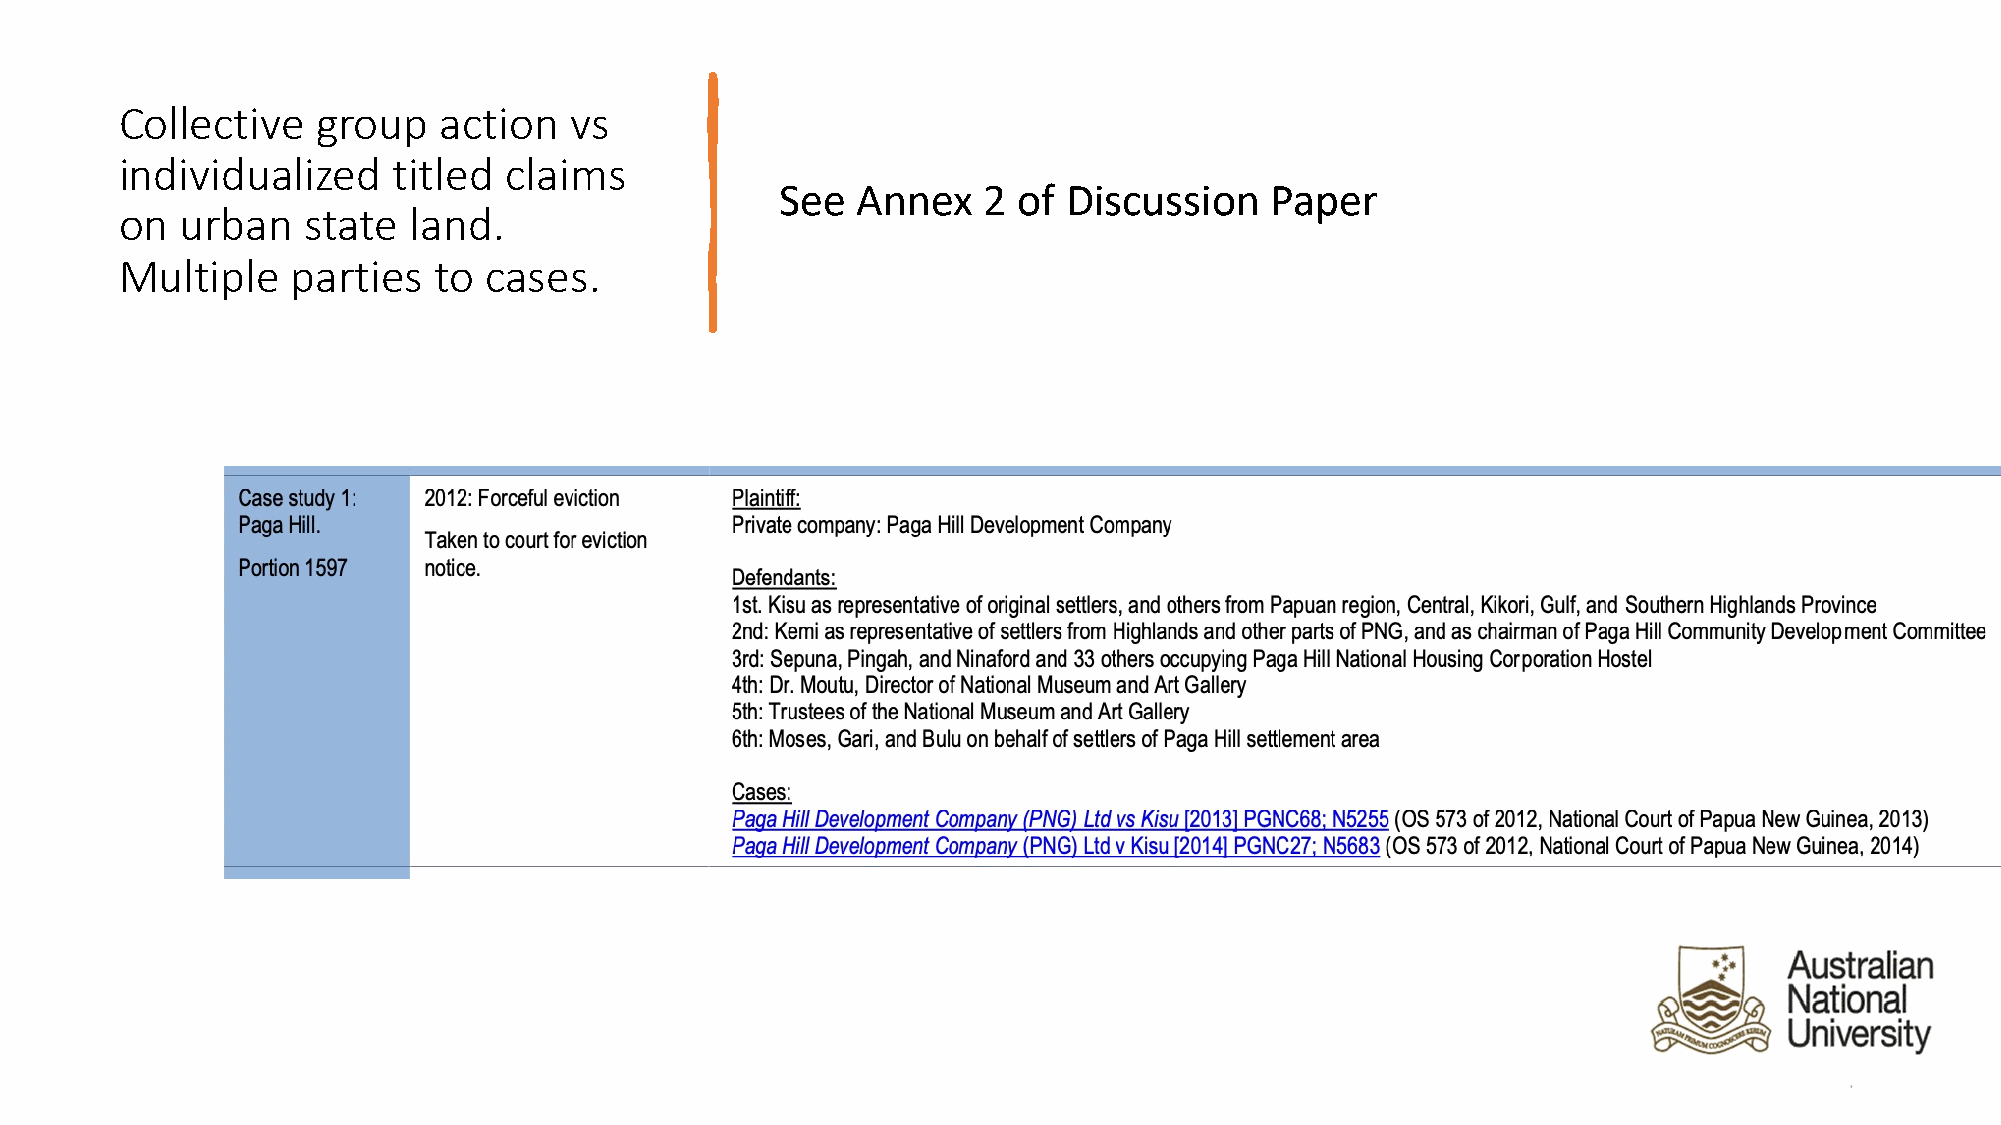
Collective   group   action   vs
 individualized    titled claims
 See  Annex   2 of  Discussion   Paper
 on  urban   state  land.
 Multiple   parties   to cases.